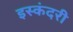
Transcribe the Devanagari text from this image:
इस्कंदरी